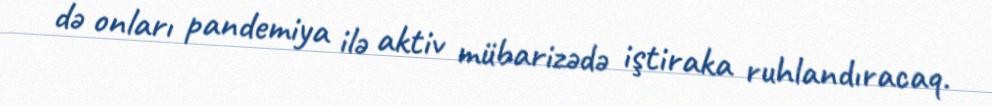
də onları pandemiya ilə aktiv mübarizədə iştiraka ruhlandıracaq.